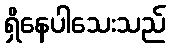
ရှိနေပါသေးသည်